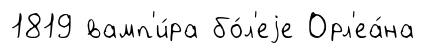
1819 вамп'и́ра бо́л'еjе Орл'еа́на